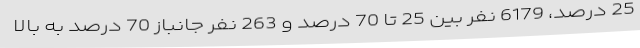
25 درصد، 6179 نفر بین 25 تا 70 درصد و 263 نفر جانباز 70 درصد به بالا